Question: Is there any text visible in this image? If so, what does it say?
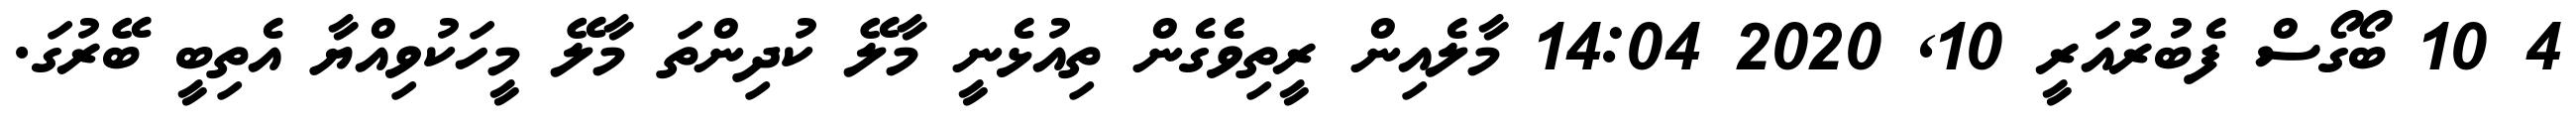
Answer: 4 10 ބޯގޯސް ފެބުރުއަރީ 10, 2020 14:04 މާލެއިން ރީތިވެެގެން ތިއުޅެނީ މާލޭ ކުދިންތަ މާލޭ މީހަކުވިއްޔާ އެތިބީ ބޭރުގަ.